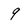
Character: 9